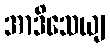
အာဒိသေယျ